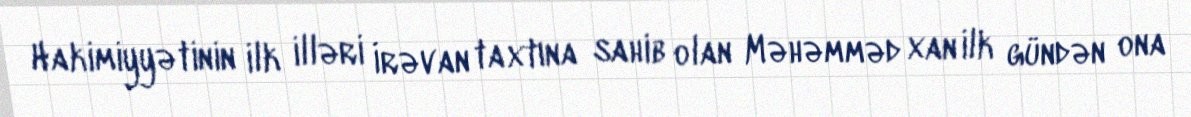
Hakimiyyətinin ilk illəri İrəvan taxtına sahib olan Məhəmməd xan ilk gündən ona